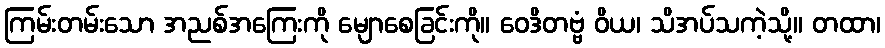
ကြမ်းတမ်းသော အညစ်အကြေးကို မျောစေခြင်းကို။ ဝေဒိတဗ္ဗံ ဝိယ၊ သိအပ်သကဲ့သို့။ တထာ၊